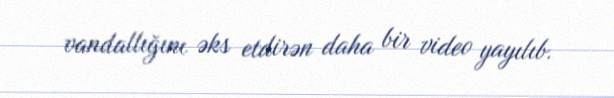
vandallığını əks etdirən daha bir video yayılıb.